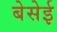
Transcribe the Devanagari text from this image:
बेसेई